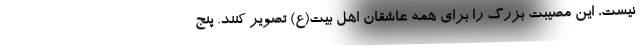
نیست، این مصیبت بزرگ را برای همه عاشقان اهل بیت(ع) تصویر کنند. پنج